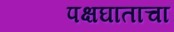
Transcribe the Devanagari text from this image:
पक्षघाताचा